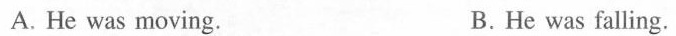
A. He was moving. B.He was falling.